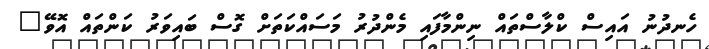
ހެނދުނު އައިސް ކްލާސްތައް ނިންމާފައި މެންދުރު މަސައްކަތަށް ގޮސް ބައިވަރު ކަންތައް އޮވޭ"